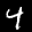
Label: 4